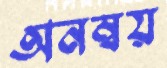
অনম্বয়